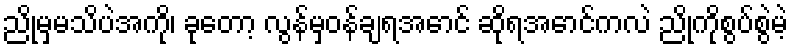
ညိုမှမသိပဲအကို၊ ခုတော့ လွန်မှဝန်ချရအောင် ဆိုရအောင်ကလဲ ညိုကိုစွပ်စွဲမဲ့